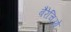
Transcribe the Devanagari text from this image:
बैरेचिओ